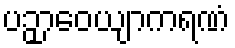
ပဉှာဝေယျာကရဏံ